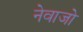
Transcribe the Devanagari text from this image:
नेवाजो